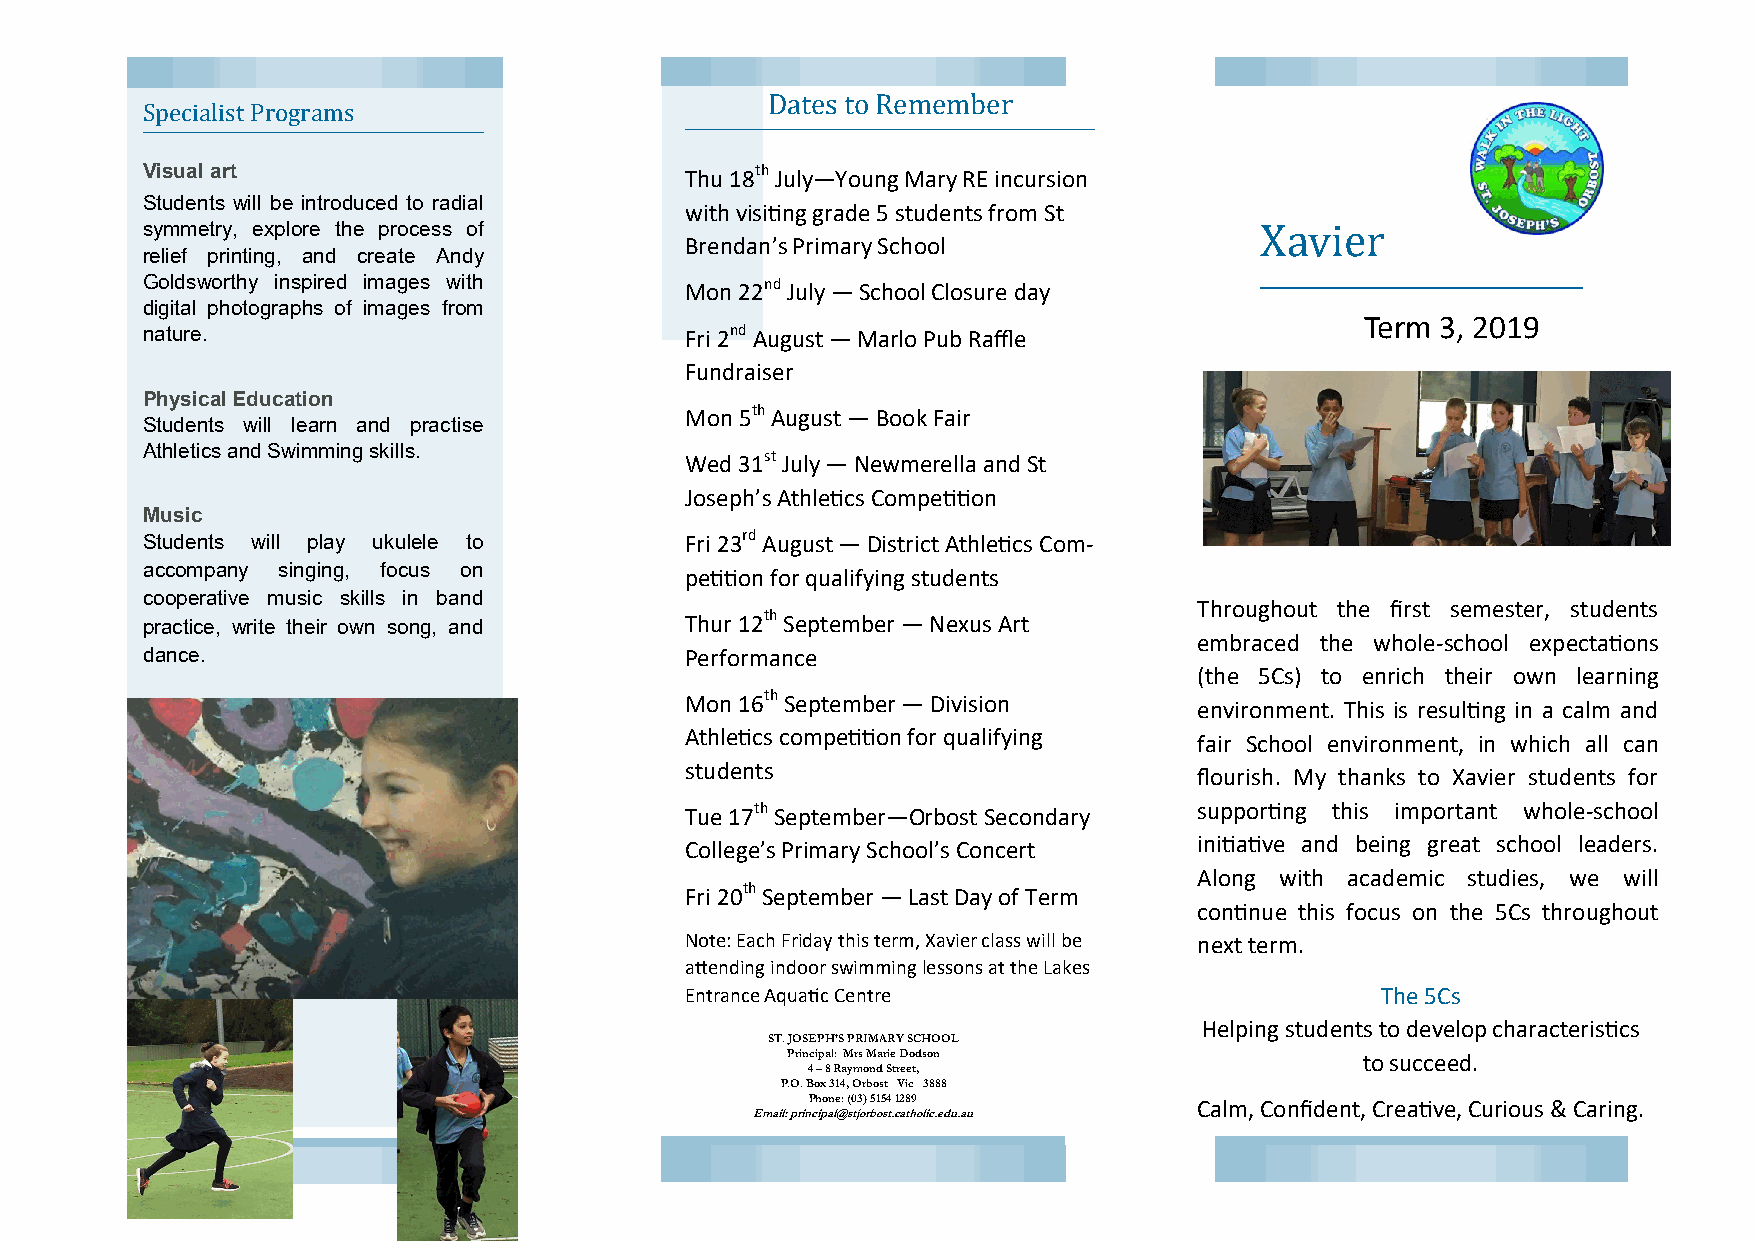
Dates to Remember
 Specialist Programs
 Visual art                          Thu 18th July—Young Mary RE incursion
 Students will be introduced to radial
 with visiting grade 5 students from St
 symmetry, explore the process of                                          Xavier
 Brendan’s Primary School
 relief printing, and create Andy
 Goldsworthy inspired images with    Mon 22nd July — School Closure day
 digital photographs of images from
 Term 3, 2019
 nature.                             Fri 2nd August — Marlo Pub Raffle
 Fundraiser
 Physical Education
 Mon 5th August — Book Fair
 Students will learn and practise
 Athletics and Swimming skills.
 Wed 31st July — Newmerella and St
 Joseph’s Athletics Competition
 Music
 Students will play ukulele to       Fri 23rd August — District Athletics Com-
 accompany singing, focus on
 petition for qualifying students
 cooperative music skills in band
 Throughout the first semester, students
 practice, write their own song, and Thur 12th September — Nexus Art
 embraced the whole-school expectations
 dance.                              Performance
 (the 5Cs) to enrich their own learning
 Mon 16th September — Division
 environment. This is resulting in a calm and
 Athletics competition for qualifying
 fair School environment, in which all can
 students
 flourish. My thanks to Xavier students for
 Tue 17th September—Orbost Secondary supporting this important whole-school
 College’s Primary School’s Concert initiative and being great school leaders.
 Along with academic studies, we will
 Fri 20th September — Last Day of Term
 continue this focus on the 5Cs throughout
 Note: Each Friday this term, Xavier class will be next term.
 attending indoor swimming lessons at the Lakes
 Entrance Aquatic Centre                       The 5Cs
 Helping students to develop characteristics
 ST. JOSEPH’S PRIMARY SCHOOL
 Principal: Mrs Marie Dodson           to succeed.
 4 – 8 Raymond Street,
 P.O. Box 314, Orbost Vic 3888
 Phone: (03) 5154 1289    Calm, Confident, Creative, Curious & Caring.
 Email: principal@stjorbost.catholic.edu.au